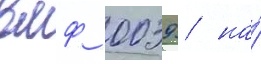
вмф 0039 / на́